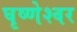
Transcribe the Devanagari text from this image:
घृष्‍णेश्‍वर